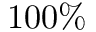
1 0 0 \%